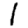
Digit: 1